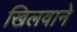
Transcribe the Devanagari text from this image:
खिलवाने